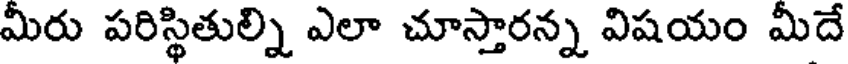
మీరు పరిస్థితుల్ని ఎలా చూస్తారన్న విషయం మీదే